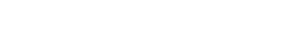
ဂဟပတိမဟာသာလကုလေ